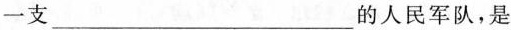
一支___的人民军队，是